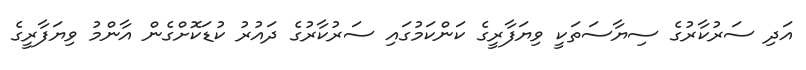
އަދި ސަރުކާރުގެ ސިޔާސަތަކީ ވިޔަފާރީގެ ކަންކަމުގައި ސަރުކާރުގެ ދައުރު ކުޑަކޮށްގެން އާންމު ވިޔަފާރީގެ